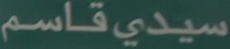
سيدي قاسم